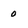
Character: 0